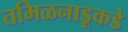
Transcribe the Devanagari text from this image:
तमिळनाडूकडे